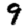
Digit: 9